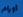
أورام